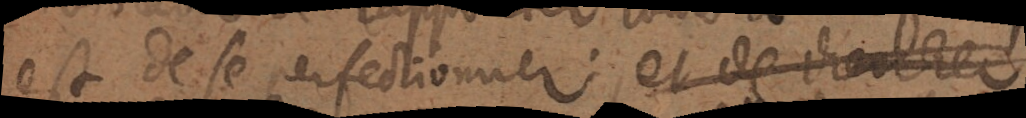
est de se perfectionner; et de _